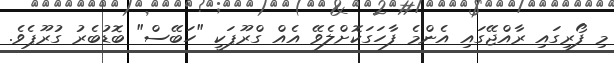
މި ފޯރިގައި ރާއްޖޭގައި އެންމެ ފާހަގަކޮށްލެވޭ އެއް ގްރޫޕަކީ "ހަބޭސް" ބޮޑުބެރު ގުރޫޕެވެ.